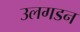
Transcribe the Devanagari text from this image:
उलगडन